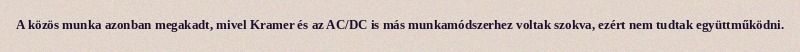
A közös munka azonban megakadt, mivel Kramer és az AC/DC is más munkamódszerhez voltak szokva, ezért nem tudtak együttműködni.